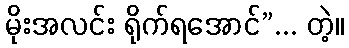
မိုးအလင်း ရိုက်ရအောင်”... တဲ့။